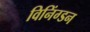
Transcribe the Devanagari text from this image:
विनिंग्डन